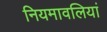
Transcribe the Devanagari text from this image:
नियमावलियां